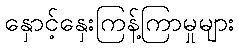
နှောင့်နှေးကြန့်ကြာမှုများ